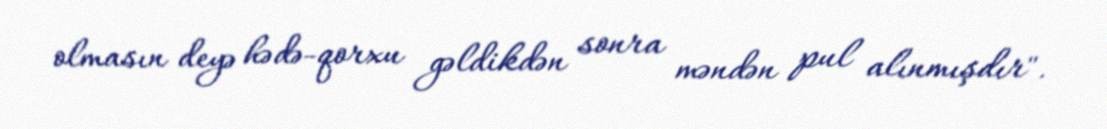
olmasın deyə hədə-qorxu gəldikdən sonra məndən pul alınmışdır".